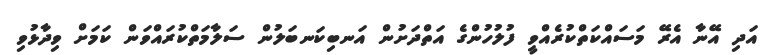
އަދި އޭނާ އެރޭ މަސައްކަތްކުރެއްވީ ފުލުހުންގެ އަތްދަށުން އަނބިކަނބަލުން ސަލާމަތްކުރައްވަން ކަމަށް ވިދާޅުވި